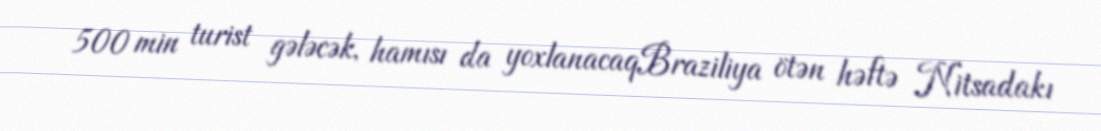
500 min turist gələcək, hamısı da yoxlanacaqBraziliya ötən həftə Nitsadakı